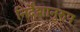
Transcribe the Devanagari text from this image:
निर्देशानुरुप